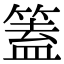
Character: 篕